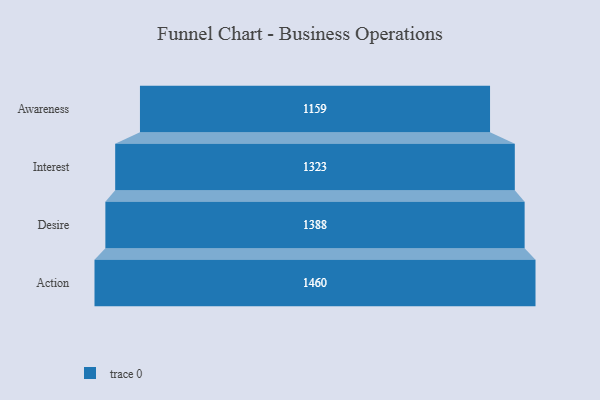
{"axis": {"x": "Stage", "y": "Value"}, "legend": [""], "data": [{"x": "Awareness", "y": 1159.0, "type": ""}, {"x": "Interest", "y": 1323.0, "type": ""}, {"x": "Desire", "y": 1388.0, "type": ""}, {"x": "Action", "y": 1460.0, "type": ""}]}